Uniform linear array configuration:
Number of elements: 24
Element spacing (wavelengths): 1
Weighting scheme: exponential
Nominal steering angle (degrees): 45
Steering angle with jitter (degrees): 43.57
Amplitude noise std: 0.05
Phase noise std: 0.05

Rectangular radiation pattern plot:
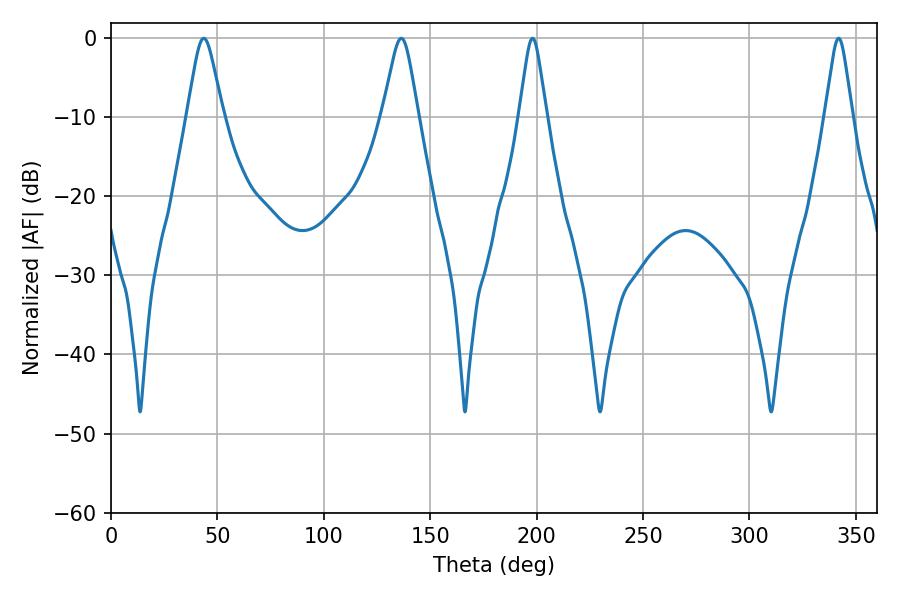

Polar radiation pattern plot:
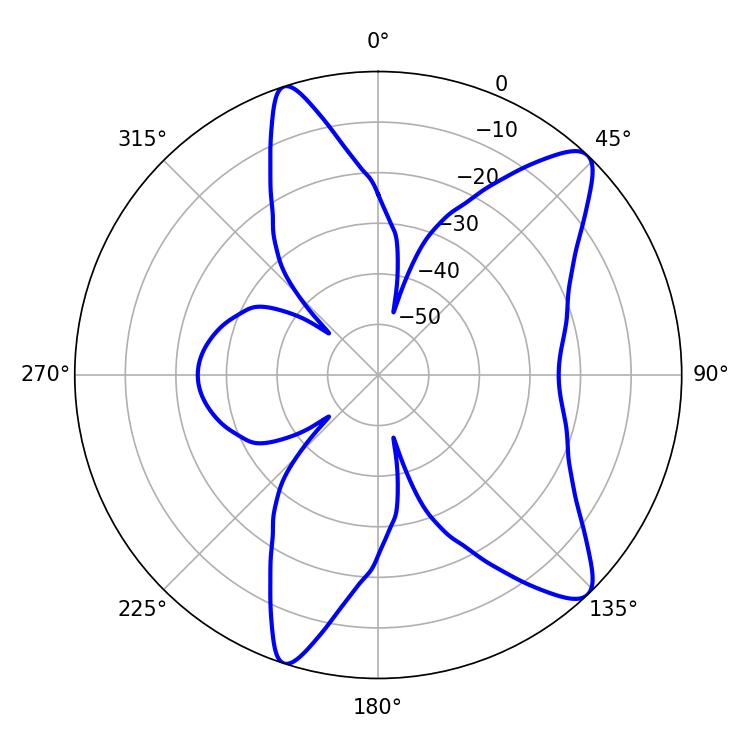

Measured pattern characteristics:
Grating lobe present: TRUE
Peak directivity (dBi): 10.915
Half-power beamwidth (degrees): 7.92
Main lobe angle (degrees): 43.56